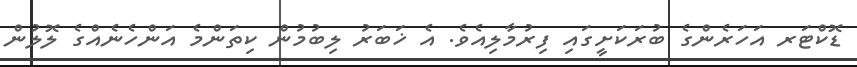
ޑޮކްޓަރ އަހަރެންގެ ބުރަކަށީގައި ފިރުމާލިއެވެ. އެ ޚަބަރު ލިބުމުން ކިތަންމެ އަންހެނެއްގެ ލޮލުން